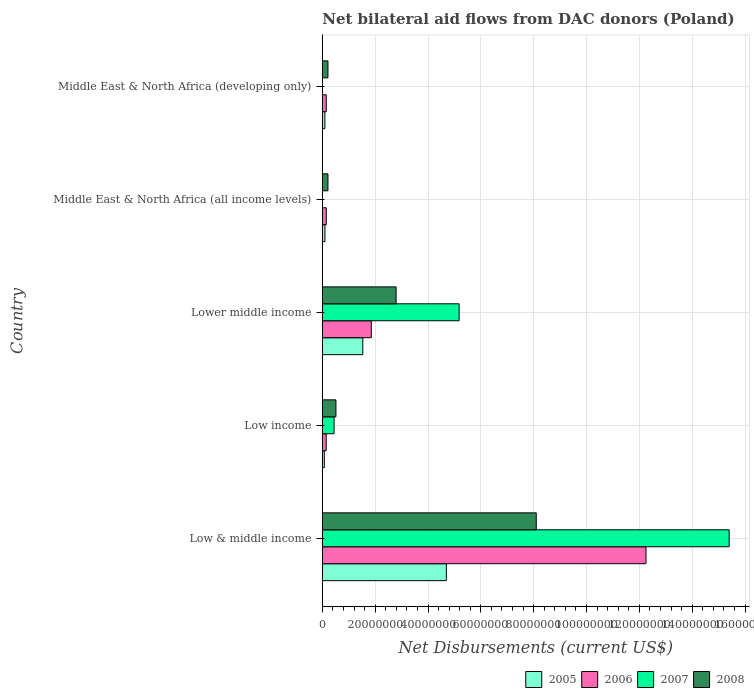
| Country | 2005 | 2006 | 2007 | 2008 |
 | --- | --- | --- | --- | --- |
 | Low & middle income | 4.69e+07 | 1.23e+08 | 1.54e+08 | 8.1e+07 |
 | Low income | 7.5e+05 | 1.47e+06 | 4.44e+06 | 5.15e+06 |
 | Lower middle income | 1.53e+07 | 1.85e+07 | 5.18e+07 | 2.79e+07 |
 | Middle East & North Africa (all income levels) | 9.9e+05 | 1.5e+06 | -2.65e+06 | 2.13e+06 |
 | Middle East & North Africa (developing only) | 9.6e+05 | 1.49e+06 | -2.65e+06 | 2.13e+06 |